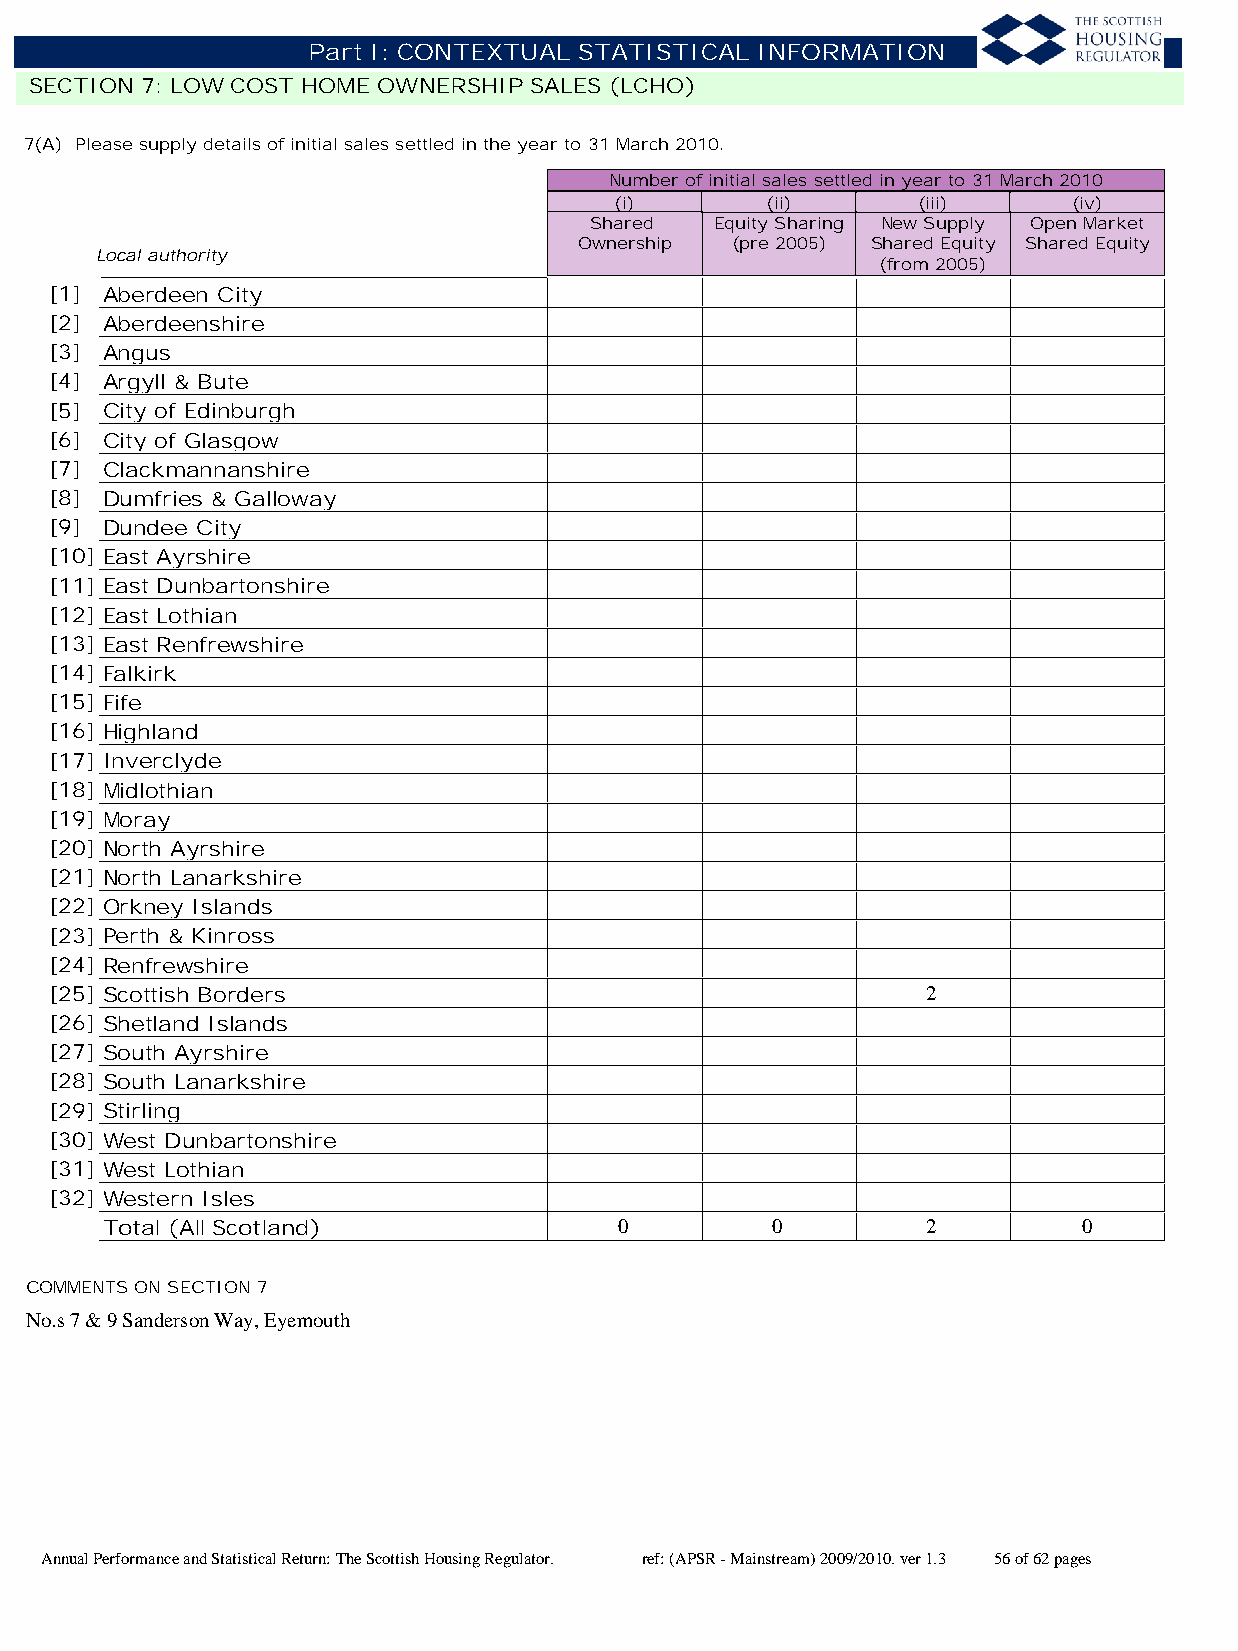
Part I: CONTEXTUAL STATISTICAL INFORMATION
 SECTION 7: LOW COST HOME OWNERSHIP SALES (LCHO)
 7(A) Please supply details of initial sales settled in the year to 31 March 2010.
 Number of initial sales settled in year to 31 March 2010
 (i)       (ii)      (iii)     (iv)
 Shared  Equity Sharing New Supply Open Market
 Ownership (pre 2005) Shared Equity Shared Equity
 Local authority
 (from 2005)
 [1] Aberdeen City
 [2] Aberdeenshire
 [3] Angus
 [4] Argyll & Bute
 [5] City of Edinburgh
 [6] City of Glasgow
 [7] Clackmannanshire
 [8] Dumfries & Galloway
 [9] Dundee City
 [10] East Ayrshire
 [11] East Dunbartonshire
 [12] East Lothian
 [13] East Renfrewshire
 [14] Falkirk
 [15] Fife
 [16] Highland
 [17] Inverclyde
 [18] Midlothian
 [19] Moray
 [20] North Ayrshire
 [21] North Lanarkshire
 [22] Orkney Islands
 [23] Perth & Kinross
 [24] Renfrewshire
 [25] Scottish Borders                                     2
 [26] Shetland Islands
 [27] South Ayrshire
 [28] South Lanarkshire
 [29] Stirling
 [30] West Dunbartonshire
 [31] West Lothian
 [32] Western Isles
 Total (All Scotland)              0         0         2          0
 COMMENTS ON SECTION 7
 No.s 7 & 9 Sanderson Way, Eyemouth
 Annual Performance and Statistical Return: The Scottish Housing Regulator. ref: (APSR - Mainstream) 2009/2010. ver 1.3 56 of 62 pages